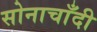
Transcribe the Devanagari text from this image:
सोनाचाँदी